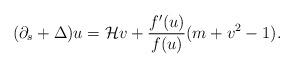
LaTeX: \begin{align*}(\partial_s+\Delta)u=\mathcal{H}v+\frac{f'(u)}{f(u)}(m+v^2-1).\end{align*}